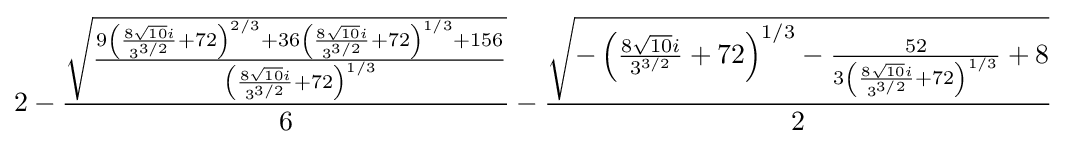
2-{\frac {\sqrt {{9\left({\frac {8{\sqrt {10}}i}{3^{3/2}}}+72\right)^{2/3}+36\left({\frac {8{\sqrt {10}}i}{3^{3/2}}}+72\right)^{1/3}+156} \over {\left({\frac {8{\sqrt {10}}i}{3^{3/2}}}+72\right)^{1/3}}}}{6}}-{{\sqrt {-\left({\frac {8{\sqrt {10}}i}{3^{3/2}}}+72\right)^{1/3}-{{52} \over {3\left({\frac {8{\sqrt {10}}i}{3^{3/2}}}+72\right)^{1/3}}}+8}} \over 2}